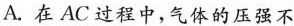
A.在AC过程中，气体的压强不